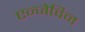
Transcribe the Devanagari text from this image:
एन्जेविन